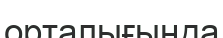
орталығыңда